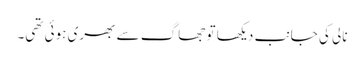
نالی کی جانب دیکھا تو جھاگ سے بھری ہوئی تھی۔